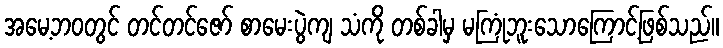
အမေ့ဘဝတွင် တင်တင်ဇော် စာမေးပွဲကျ သံကို တစ်ခါမှ မကြုံဘူးသောကြောင့်ဖြစ်သည်။